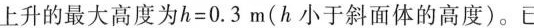
上升的最大高度为$$h = 0 . 3 m$$(h小于斜面体的高度)。已